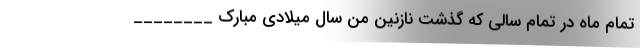
تمام ماه در تمام سالی که گذشت نازنین من سال میلادی مبارک ________